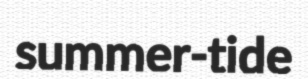
summer-tide